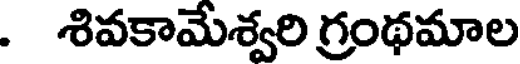
. శివకామేశ్వరి గ్రంథమాల